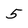
Character: 5